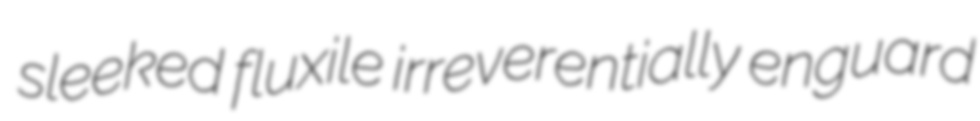
sleeked fluxile irreverentially enguard